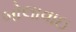
બોલાવાઇ